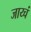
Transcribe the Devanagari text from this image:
जाय्चं